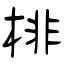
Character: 棑